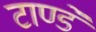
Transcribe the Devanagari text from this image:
टाण्डे